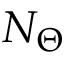
N _ { \Theta }